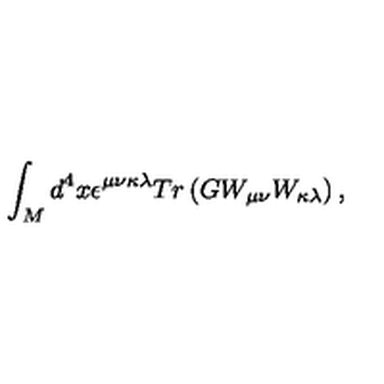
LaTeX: \int _ { M } d ^ { 4 } x \epsilon ^ { \mu \nu \kappa \lambda } T r \left( G W _ { \mu \nu } W _ { \kappa \lambda } \right) ,